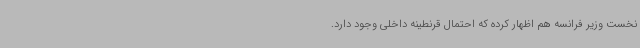
نخست وزیر فرانسه هم اظهار کرده که احتمال قرنطینه داخلی وجود دارد.